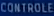
CONTROLE